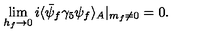
\lim _ { h _ { f } \rightarrow 0 } i \langle \bar { \psi } _ { f } \gamma _ { 5 } \psi _ { f } \rangle _ { A } | _ { m _ { f } \ne 0 } = 0 .